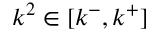
\boldsymbol { k } ^ { 2 } \in [ k ^ { - } , k ^ { + } ]